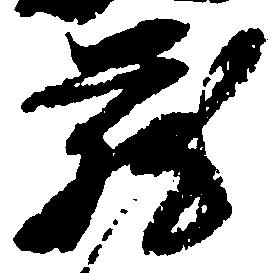
蔵